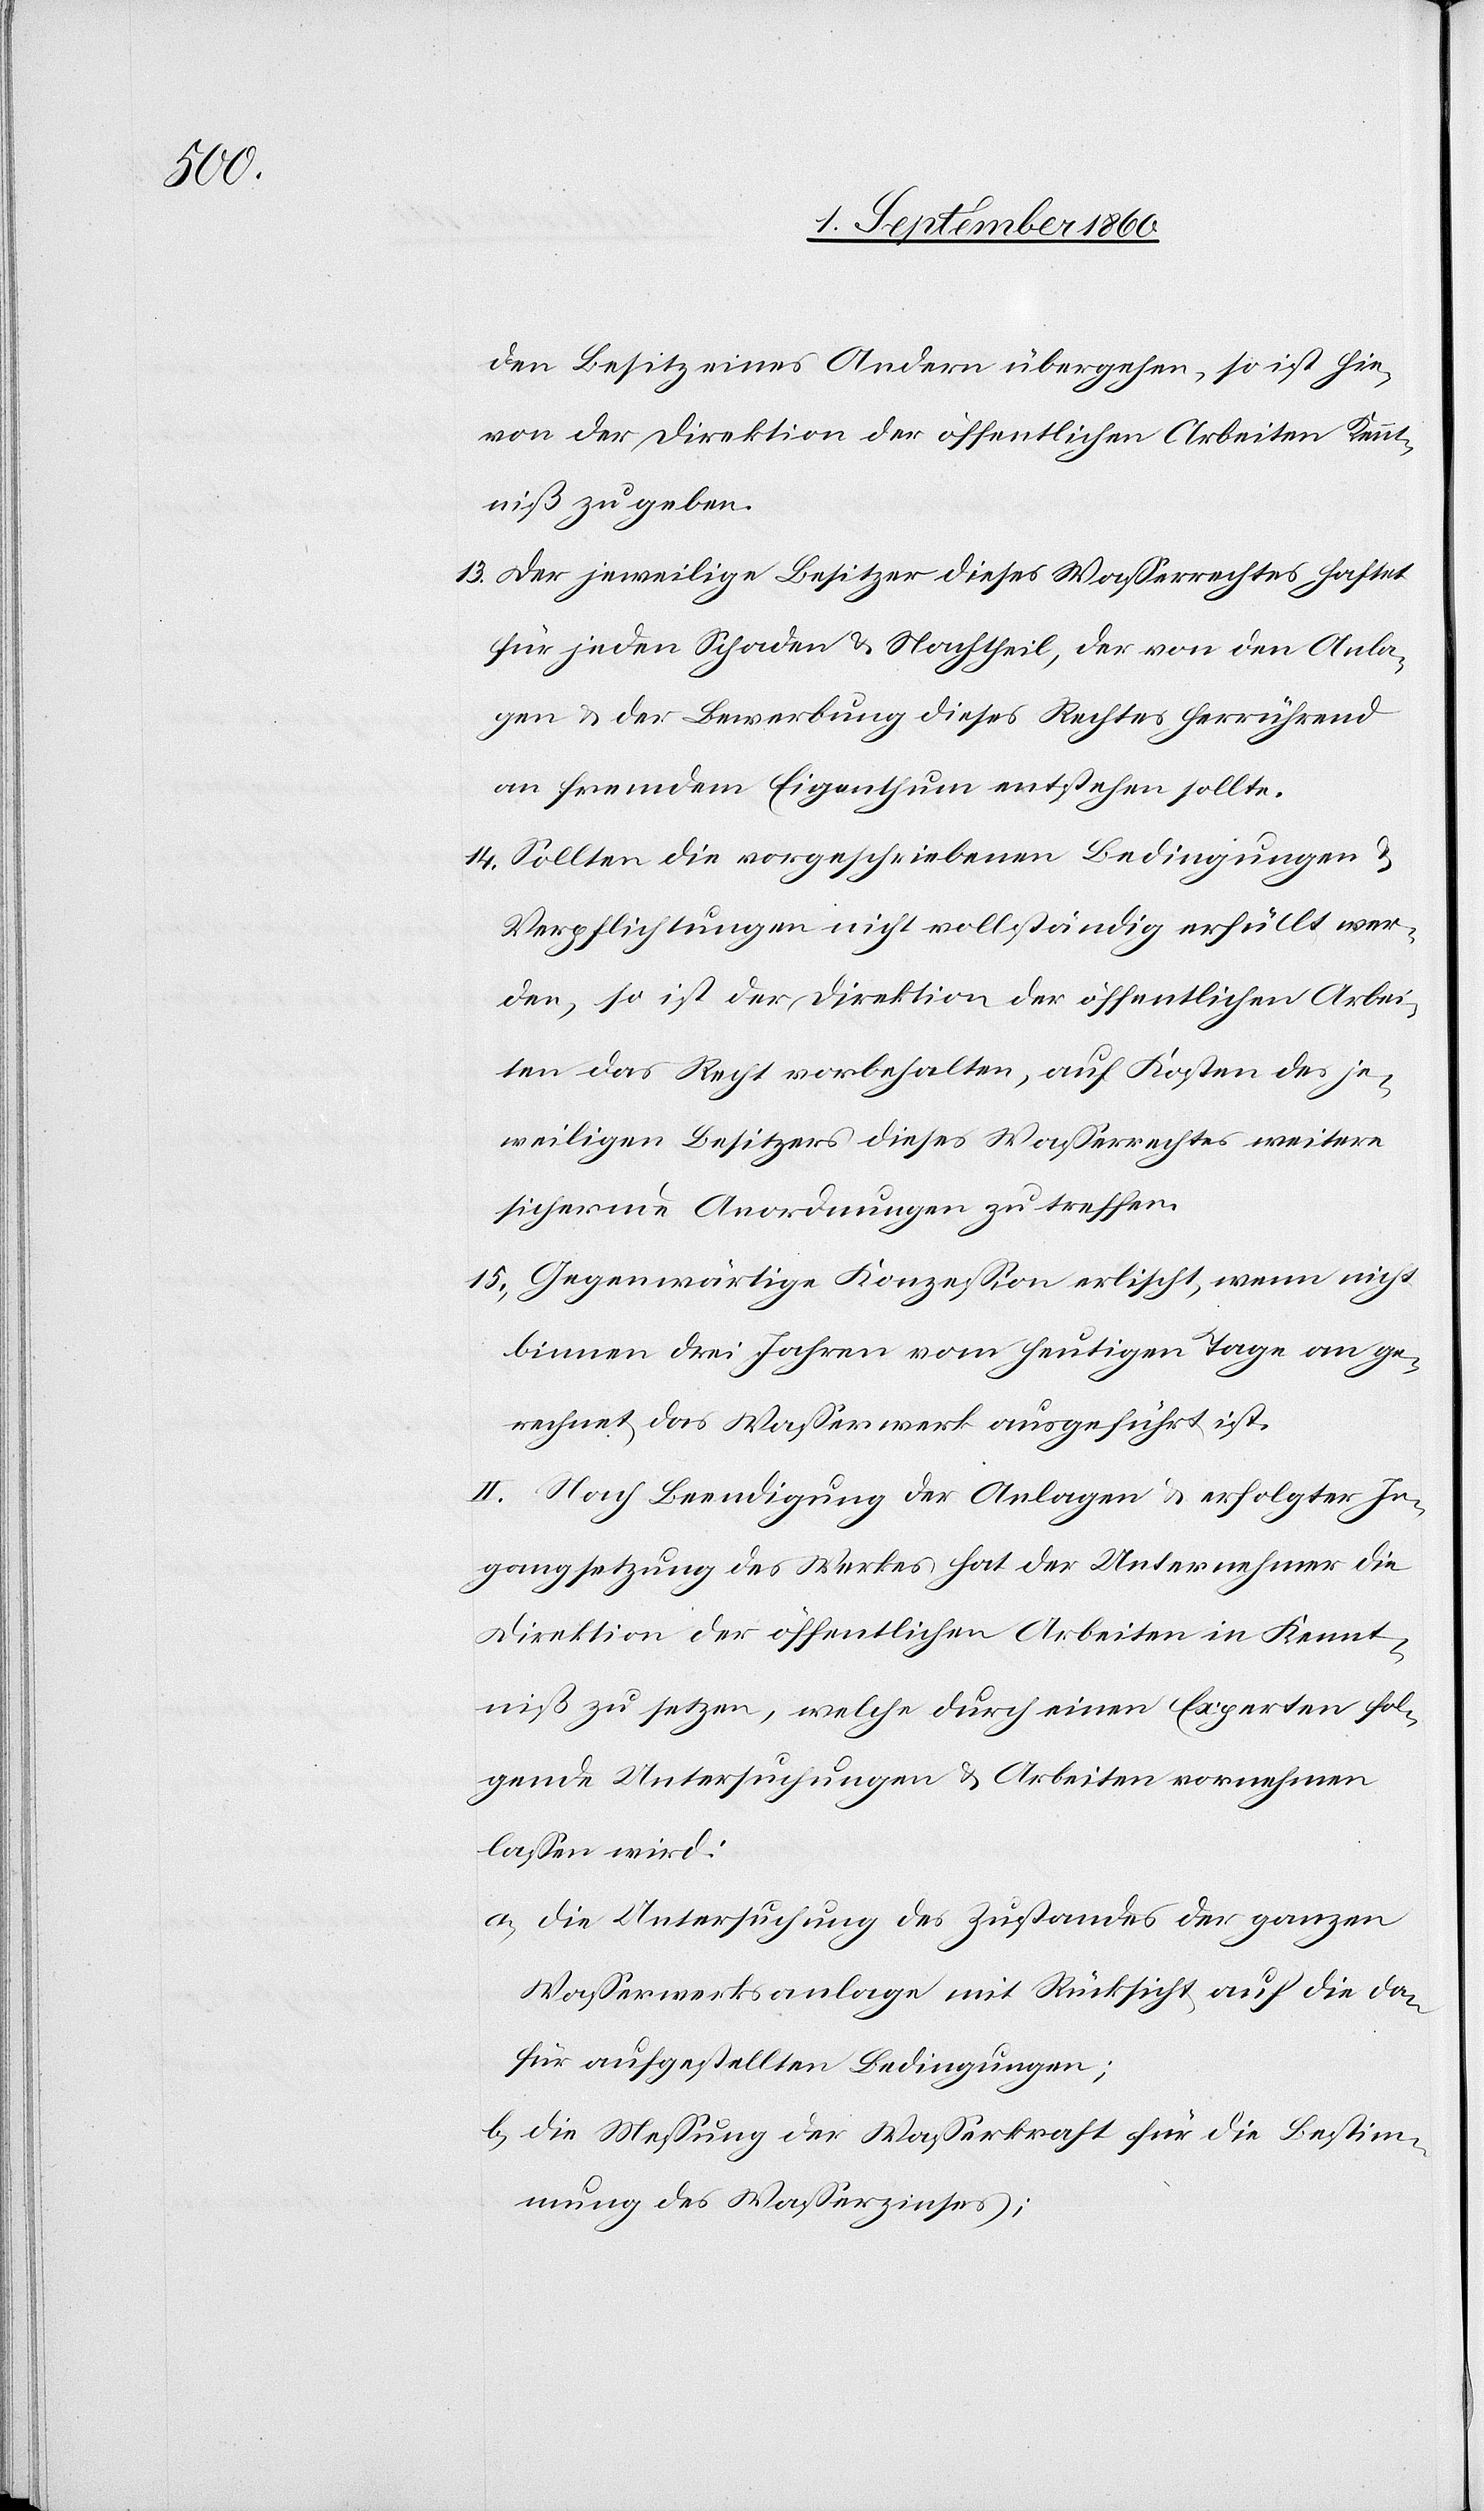
Besitz eines Andern übergehen, so ist hie¬
von der Direktion der öffentlichen Arbeiten Kennt¬
niss zu geben.
13. Der jeweilige Besitzer dieses Wasserrechtes haftet
für jeden Schaden u. Nachtheil, der von den Anla¬
gen u. der Bewerbung dieses Rechtes herrührend
an fremdem Eigenthum entstehen sollte.
14. Sollten die vorgeschriebenen Bedingungen u.
Verpflichtungen nicht vollständig erfüllt wer¬
den, so ist der Direktion der öffentlichen Arbei¬
ten das Recht vorbehalten, auf Kosten des je¬
weiligen Besitzers dieses Wasserrechtes weitere
sichernde Anordnungen zu treffen.
15. Gegenwärtige Konzession erlischt, wenn nicht
binnen 3 Jahren vom heutigen Tage an ge¬
rechnet das Wasserwerk ausgeführt ist.
II. Nach Beendigung der Anlage u. erfolgter In¬
gangsetzung des Werkes hat der Unternehmer die
Direktion der öffentlichen Arbeiten in Kennt¬
niss zu setzen, welche durch einen Experten fol¬
gende Untersuchungen u. Arbeiten vornehmen
lassen wird:
a) Die Untersuchung des Zustandes der ganzen
Wasserwerksanlage mit Rücksicht auf die da¬
für aufgestellten Bedingungen,
b) Die Messung der Wasserkraft für die Bestim¬
mung des Wasserzinses;